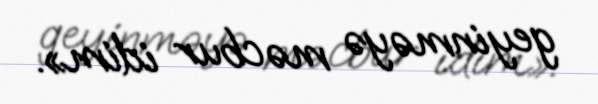
geyinməyə məcbur idim».